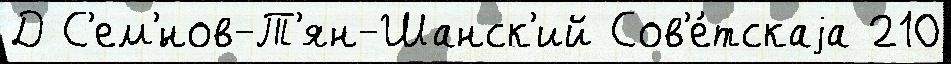
Д С'ем'́нов-Т'ян-Шанск'ий Сов'е́тскаjа 210